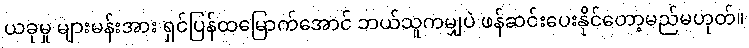
ယခုမှု များမန်းအား ရှင်ပြန်ထမြောက်အောင် ဘယ်သူကမျှပဲ ဖန်ဆင်းပေးနိုင်တော့မည်မဟုတ်။